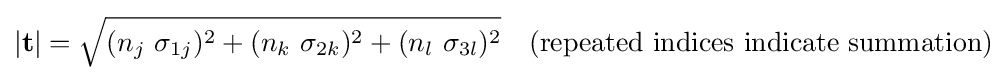
|\mathbf {t} |={\sqrt {(n_{j}~\sigma _{1j})^{2}+(n_{k}~\sigma _{2k})^{2}+(n_{l}~\sigma _{3l})^{2}}}~~~{\text{(repeated indices indicate summation)}}